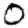
Digit: 0